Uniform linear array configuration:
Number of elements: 12
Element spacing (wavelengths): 1
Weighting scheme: cosine
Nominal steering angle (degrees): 0
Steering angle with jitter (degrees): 1.051
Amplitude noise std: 0.05
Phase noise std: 0.05

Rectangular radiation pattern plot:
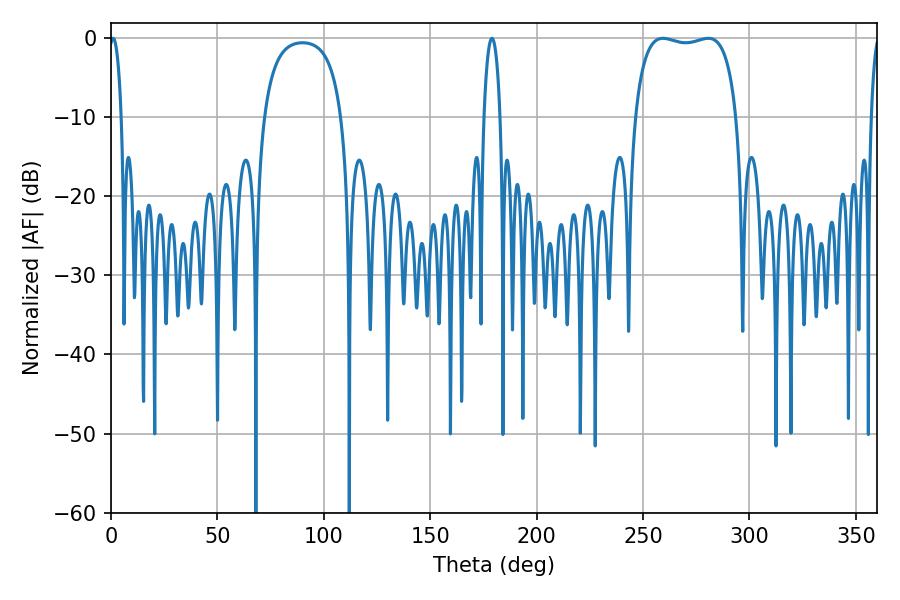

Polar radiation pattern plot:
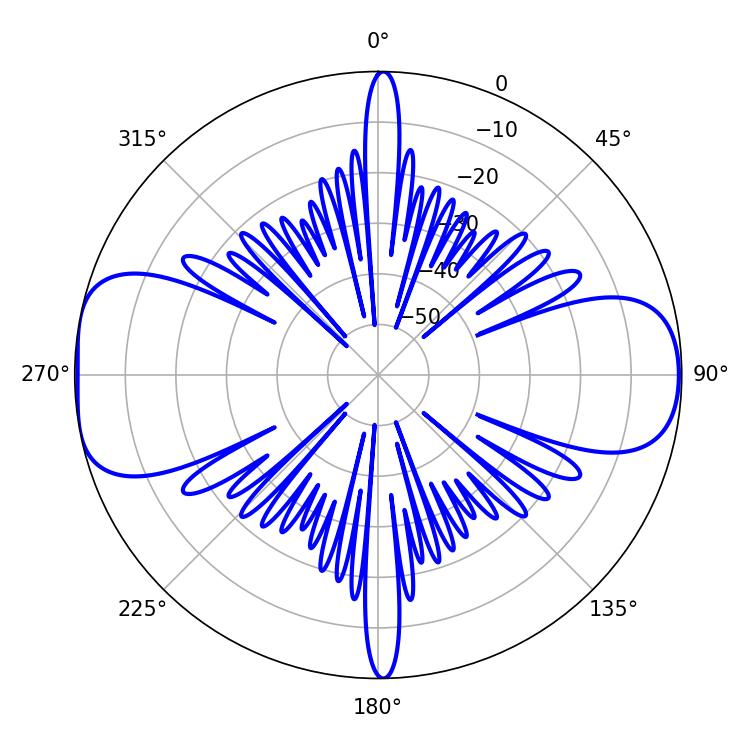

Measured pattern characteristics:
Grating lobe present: TRUE
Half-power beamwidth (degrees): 38.52
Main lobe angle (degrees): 259.38